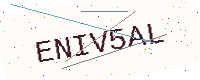
Text: ENIV5AL